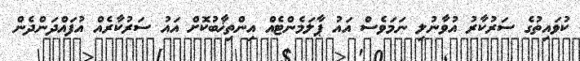
ކުވައިތުގެ ސަރުކާރު އުވާނުލި ނަމަވެސް އައު ޕާލަމެންޓެއް އިންތިޚާބުކޮށް އައު ސަރުކާރެއް އުފައްދަންދެން